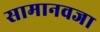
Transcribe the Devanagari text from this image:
सामानवजा